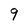
Character: 9